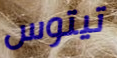
تيتوس